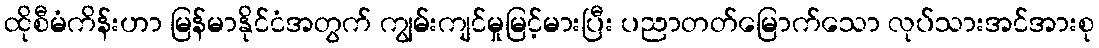
ထိုစီမံကိန်းဟာ မြန်မာနိုင်ငံအတွက် ကျွမ်းကျင်မှုမြင့်မားပြီး ပညာတတ်မြောက်သော လုပ်သားအင်အားစု